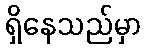
ရှိနေသည်မှာ